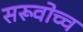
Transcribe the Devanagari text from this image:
सरूवोच्च